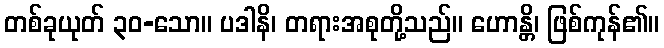
တစ်ခုယုတ် ၃၀-သော။ ပဒါနိ၊ တရားအစုတို့သည်။ ဟောန္တိ၊ ဖြစ်ကုန်၏။